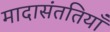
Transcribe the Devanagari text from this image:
मादासंततियाँ